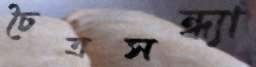
চৈত্রসন্ধ্যা